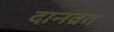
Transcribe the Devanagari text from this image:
दानव्रत